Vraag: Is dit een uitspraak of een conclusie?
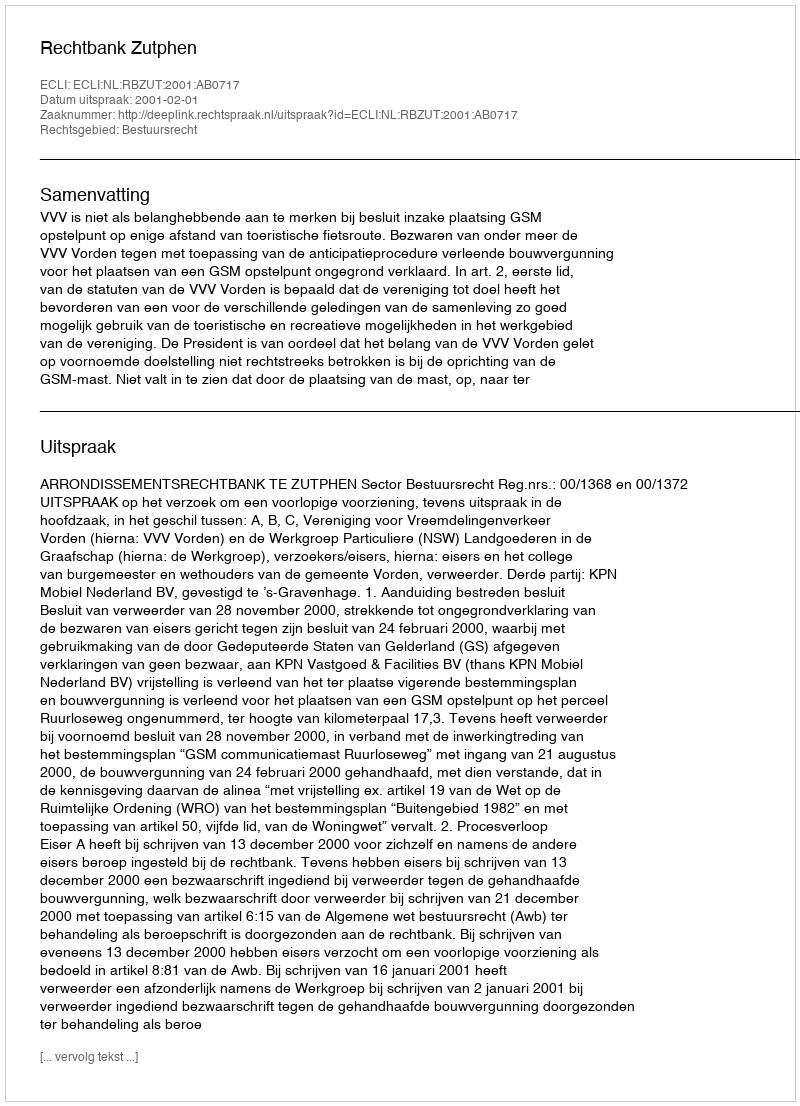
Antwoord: Uitspraak